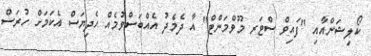
ކޯލިޝަންއާއި "ފައިވް ސްޓަރ މޫވްމަންޓް" އާ ދެމެދު އެއްބަސްވުމެއް ހެދިޔަސް އެކަމަށް ހުރަސް